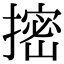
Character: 㨸